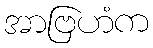
အာဗြဟံက